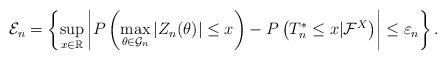
LaTeX: \begin{align*}\mathcal{E}_n=\left\{\sup_{x\in\mathbb{R}}\left|P\left(\max_{\theta\in\mathcal{G}_n}|Z_n(\theta)|\leq x\right)-P\left(T^*_n\leq x|\mathcal{F}^X\right)\right|\leq\varepsilon_n\right\}.\end{align*}